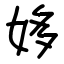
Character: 姼